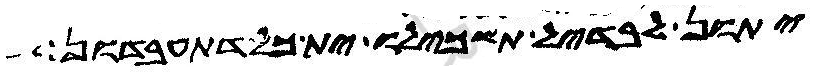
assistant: יתון לבדיל תשכילו ית כל דתעבדון